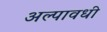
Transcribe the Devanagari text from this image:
अल्पावधी